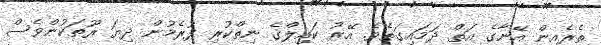
ތެރެއިން އޭނާގެ އަތް ދަމައިގަތެވެ. އޭރު ކައިލްގެ ނިތްކުރި ފުރެމުން ދިޔަ ރޫތަކުންވެސް